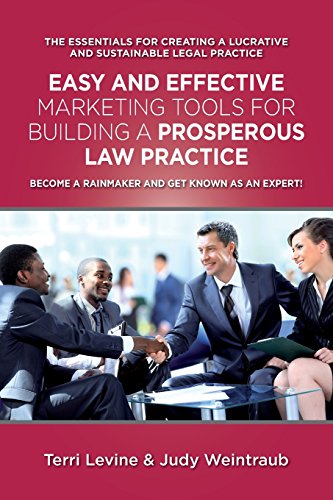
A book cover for Easy and Effective Marketing Tools for Building a Prosperous Legal Practice: Become a Rainmaker and Get Known as an Expert; Judy Weintraub Esq.; Law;